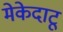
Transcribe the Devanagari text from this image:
मेकेदाटू